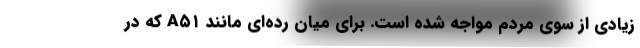
زیادی از سوی مردم مواجه شده است. برای میان رده‌ای مانند A۵۱ که در